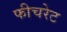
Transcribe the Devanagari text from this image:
फीचरेट